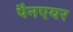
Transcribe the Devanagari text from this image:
पैनएयर